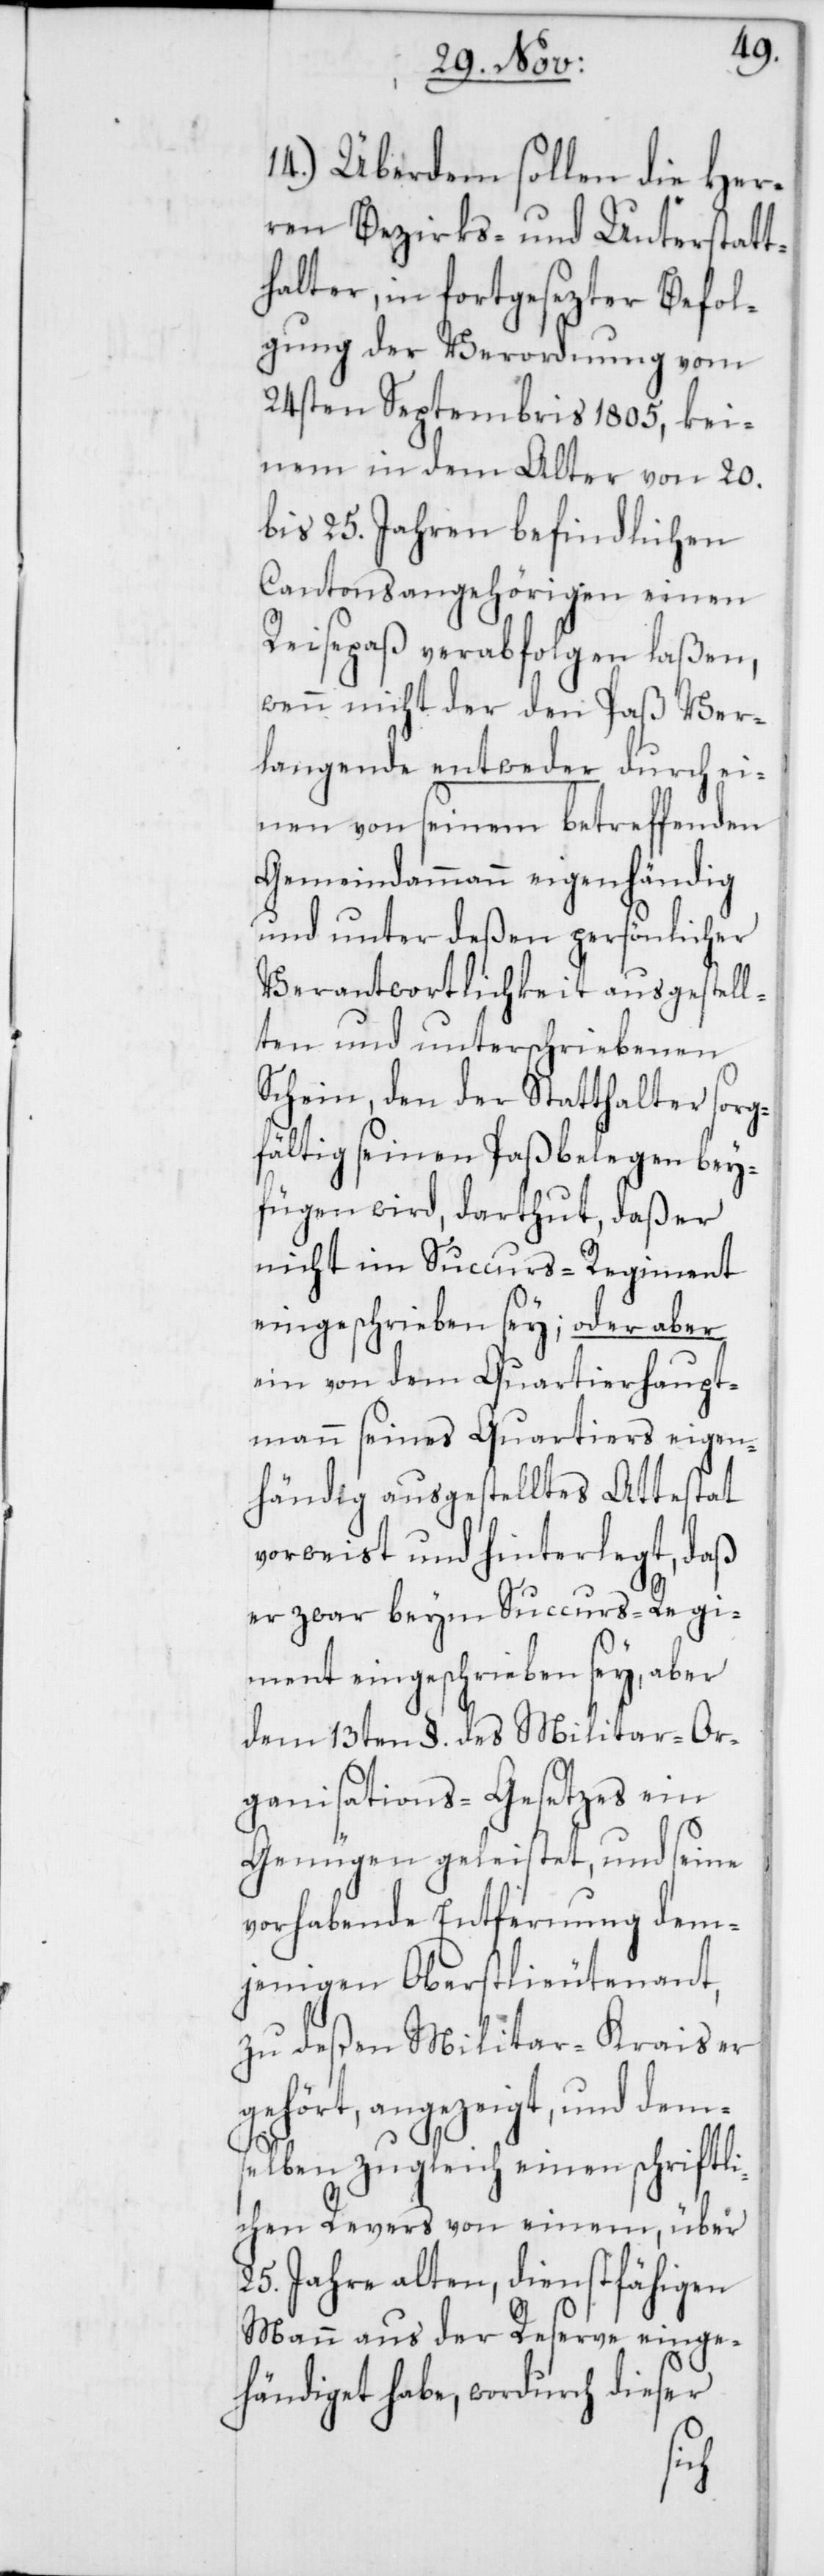
14.) Überdem sollen die Her¬
ren Bezirks- und Unterstatt¬
halter, in fortgesezter Befol¬
gung der Verordnung vom
24sten Septembris 1805, kei¬
nem in dem Alter von 20.
bis 25. Jahren befindlichen
Cantonsangehörigen einen
Reisepaß verabfolgen laßen,
wenn nicht der den Paß Ver¬
langende entweder durch ei¬
nen von seinem betreffenden
Gemeindammann eigenhändig
und unter deßen persönlicher
Verantwortlichkeit ausgestell¬
ten und unterschriebenen
Schein, den der Statthalter sorg¬
fältig seinen Paßbelegen bey¬
fügen wird, darthut, daß er
nicht im Succurs-Regiment
eingeschrieben sey; oder aber
ein von dem Quartierhaupt¬
mann seines Quartiers eigen¬
händig ausgestelltes Attestat
vorweist und hinterlegt, daß
er zwar beym Succurs-Regi¬
ment eingeschrieben sey, aber
dem 13ten §. des Militairor¬
ganisations-Gesetzes ein
Genügen geleistet, und seine
vorhabende Entfernung dem¬
jenigen Oberstlieutenant,
zu deßen Militar-Krais er
gehört, angezeigt, und dem¬
selben zugleich einen schriftli¬
chen Revers von einem, über
25. Jahre alten, dienstfähigen
Mann aus der Reserve einge¬
händiget habe, wordurch dieser